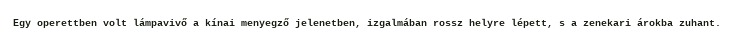
Egy operettben volt lámpavivő a kínai menyegző jelenetben, izgalmában rossz helyre lépett, s a zenekari árokba zuhant.